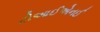
ટીઆઈએનઈ